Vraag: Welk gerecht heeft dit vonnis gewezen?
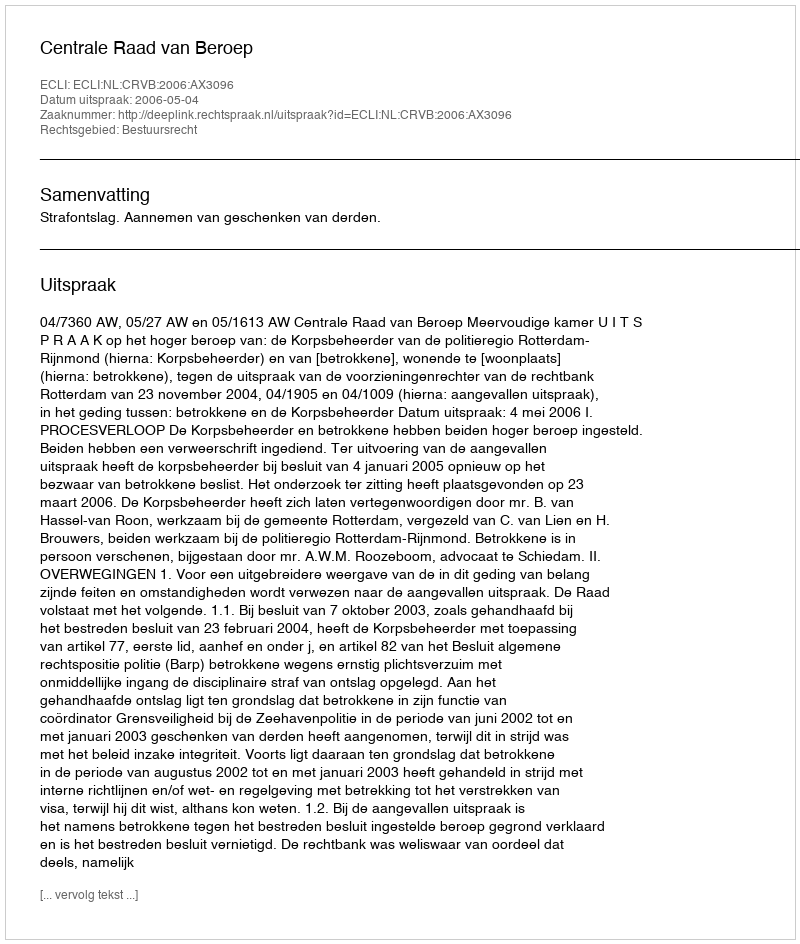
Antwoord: Centrale Raad van Beroep